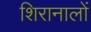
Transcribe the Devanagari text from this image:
शिरानालों